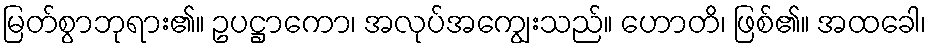
မြတ်စွာဘုရား၏။ ဥပဋ္ဌာကော၊ အလုပ်အကျွေးသည်။ ဟောတိ၊ ဖြစ်၏။ အထခေါ၊